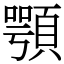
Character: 顎